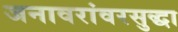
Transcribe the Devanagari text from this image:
जनावरांवरसुद्धा